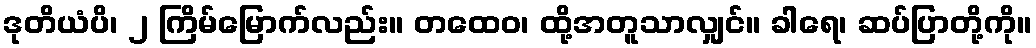
ဒုတိယံပိ၊ ၂ ကြိမ်မြောက်လည်း။ တထေဝ၊ ထို့အတူသာလျှင်။ ခါရေ၊ ဆပ်ပြာတို့ကို။